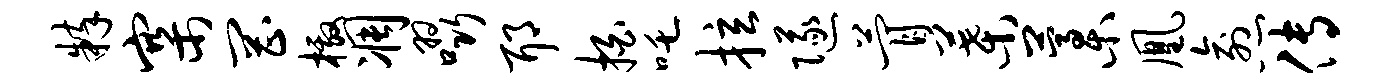
粹寨罔檄凋啜耶拍吒拉隧瞢叶藁凰愈传